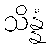
သိန္နံ